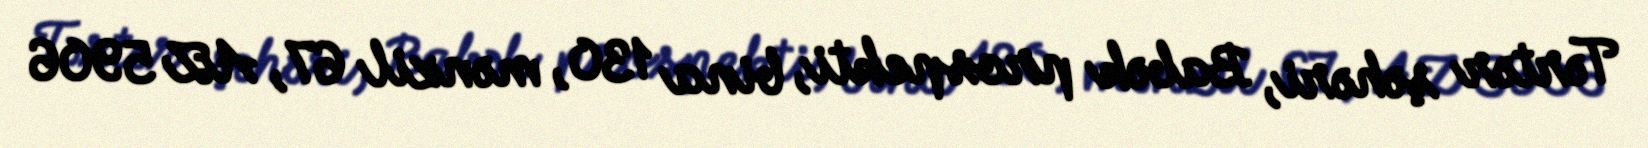
Tərtər şəhəri, Babək prospekti, bina 130, mənzil 67, AZ 5906